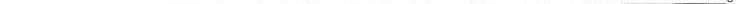
___ 。